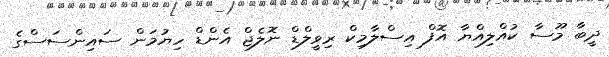
ދީބާ މޫސާ ކުއްލިއްޔާ އޮފް އިސްލާމިކް ރިވީލްޑް ނޮލެޖް އެންޑް ހިޔުމަން ސައިންސަސްގެ